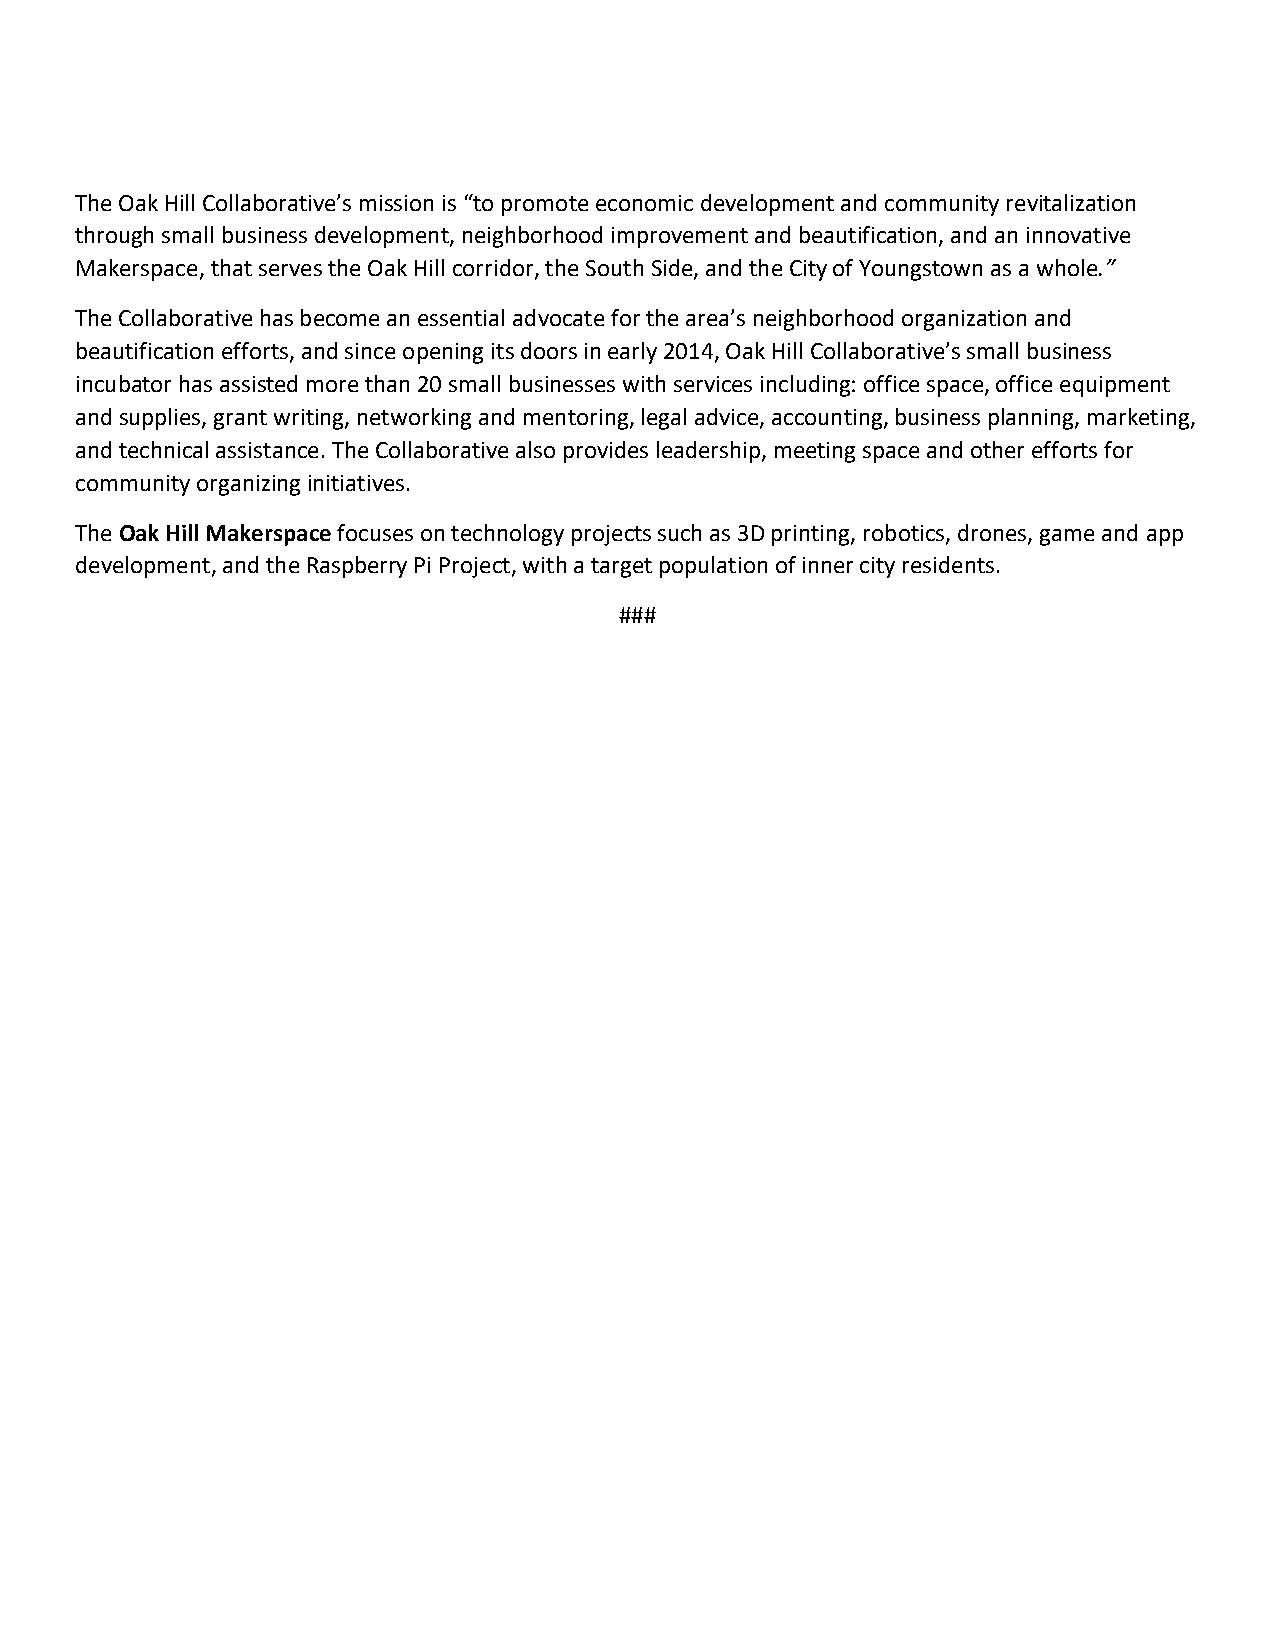
The Oak Hill Collaborative’s mission is “to promote economic development and community revitalization
 through small business development, neighborhood improvement and beautification, and an innovative
 Makerspace, that serves the Oak Hill corridor, the South Side, and the City of Youngstown as a whole.”
 The Collaborative has become an essential advocate for the area’s neighborhood organization and
 beautification efforts, and since opening its doors in early 2014, Oak Hill Collaborative’s small business
 incubator has assisted more than 20 small businesses with services including: office space, office equipment
 and supplies, grant writing, networking and mentoring, legal advice, accounting, business planning, marketing,
 and technical assistance. The Collaborative also provides leadership, meeting space and other efforts for
 community organizing initiatives.
 The Oak Hill Makerspace focuses on technology projects such as 3D printing, robotics, drones, game and app
 development, and the Raspberry Pi Project, with a target population of inner city residents.
 ###